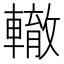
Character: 轍